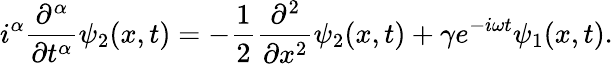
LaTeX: i^{\alpha}\frac{\partial^{\alpha}}{\partial t^{\alpha}}\psi_{2}(x,t)=-\frac{1}{2}\frac{\partial^{2}}{\partial x^{2}}\psi_{2}(x,t)+\gamma e^{-i\omega t}\psi_{1}(x,t).